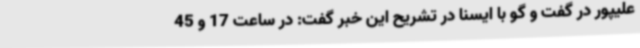
علیپور در گفت و گو با ایسنا در تشریح این خبر گفت: در ساعت 17 و 45